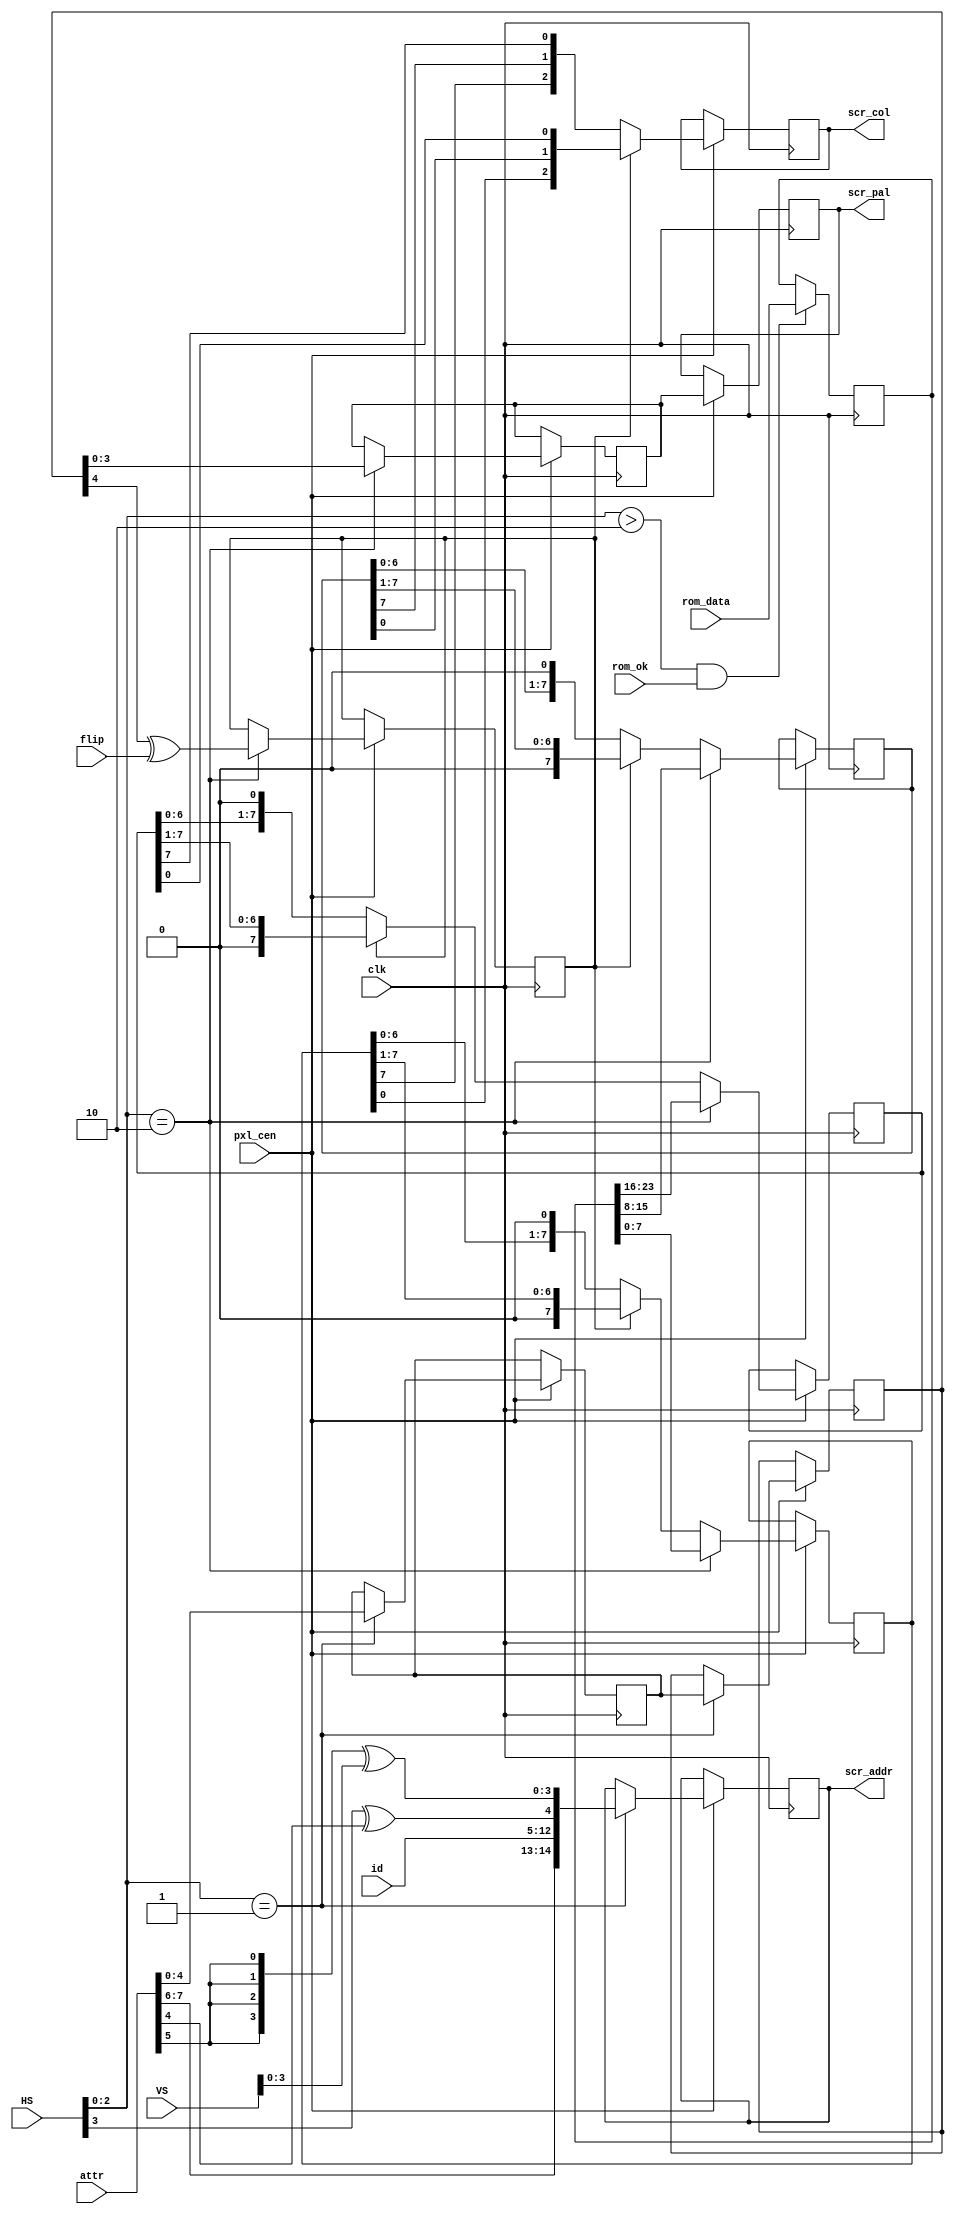
/*  This file is part of JTCORES.
    JTCORES program is free software: you can redistribute it and/or modify
    it under the terms of the GNU General Public License as published by
    the Free Software Foundation, either version 3 of the License, or
    (at your option) any later version.

    JTCORES program is distributed in the hope that it will be useful,
    but WITHOUT ANY WARRANTY; without even the implied warranty of
    MERCHANTABILITY or FITNESS FOR A PARTICULAR PURPOSE.  See the
    GNU General Public License for more details.

    You should have received a copy of the GNU General Public License
    along with JTCORES.  If not, see <http://www.gnu.org/licenses/>.

    Author: Jose Tejada Gomez. Twitter: @topapate
    Version: 1.0
    Date: 19-2-2019 */

// 

module jtgng_tile3 #( parameter
    DATAREAD = 1,
    ROM_AW   = 15,
    PALW     = 4,
    // bit field information
    IDMSB1   = 7,   // MSB of tile ID is
    IDMSB0   = 6,   //   { attr[IDMSB1:IDMSB0], id }
    VFLIP    = 5,
    HFLIP    = 4
) (
    input                   clk,
    input                   pxl_cen,
    input       [8:0]       HS,
    input       [8:0]       VS,
    input       [7:0]       attr,
    input       [7:0]       id,
    input                   flip,
    // Gfx ROM
    output reg [ROM_AW-1:0] scr_addr,
    input            [23:0] rom_data,
    input                   rom_ok,
    output reg [PALW-1:0]   scr_pal,
    output reg     [ 2:0]   scr_col
);

reg scr_hflip;
reg [7:0] addr_lsb;

reg [PALW:0] scr_attr0, scr_attr1; // MSB is tile H flip

// Set input for ROM reading
always @(posedge clk) if(pxl_cen) begin
    if( HS[2:0]==DATAREAD ) begin // attr/low data corresponds to this tile
            // from HS[2:0] = 1,2,3...0. because RAM output is latched
        scr_attr1 <= scr_attr0;
        scr_attr0 <= { attr[HFLIP], attr[PALW-1:0] };
        scr_addr  <= {   attr[IDMSB1:IDMSB0], id, // AS
                        HS[3]^attr[HFLIP] /*scr_hflip*/,
                        {4{attr[VFLIP] /*vflip*/}}^VS[3:0] /*vert_addr*/ };
    end
end

// Draw pixel on screen
reg [7:0] x,y,z;
reg [PALW-1:0] scr_attr2;

reg [23:0] good_data;
always @(posedge clk) begin
    if( HS[2:0] > (DATAREAD+3'd1) && rom_ok )
        good_data <= rom_data;
end

always @(posedge clk) if(pxl_cen) begin
    // new tile starts 8+5=13 pixels off
    // 8 pixels from delay in ROM reading
    // 4 pixels from processing the x,y,z and attr info.
    if( HS[2:0]==(DATAREAD+3'd1) ) begin
            { z,y,x } <= good_data;
            scr_hflip <= scr_attr1[PALW] ^ flip; // must be ready when z,y,x are.
            scr_attr2 <= scr_attr1[PALW-1:0];
        end
    else
        begin
            if( scr_hflip ) begin
                x <= {1'b0, x[7:1]};
                y <= {1'b0, y[7:1]};
                z <= {1'b0, z[7:1]};
            end
            else  begin
                x <= {x[6:0], 1'b0};
                y <= {y[6:0], 1'b0};
                z <= {z[6:0], 1'b0};
            end
        end
    scr_col <= scr_hflip ? { x[0], y[0], z[0] } : { x[7], y[7], z[7] };
    scr_pal <= scr_attr2[PALW-1:0]; // MSB in G&G is "scrwin" = scroll wins over sprite
end

endmodule